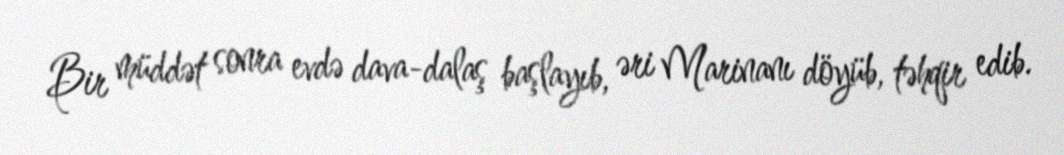
Bir müddət sonra evdə dava-dalaş başlayıb, əri Marinanı döyüb, təhqir edib.